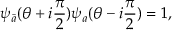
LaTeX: \psi _ { \bar { a } } ( \theta + i \frac { \pi } { 2 } ) \psi _ { a } ( \theta - i \frac { \pi } { 2 } ) = 1 ,